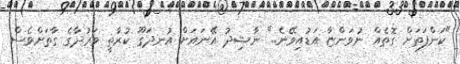
"ކަންފަތަށް ގޮތެއް ނުވަންޏާ އަޑުއިވޭނެ.." ނާޝިދު އޭނައަށް އުނދަގޫ ކުރާތީ ވަރުދާގެ ގާތަށްވެސް